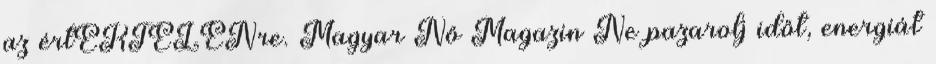
az értÉKTELENre. Magyar Nő Magazin Ne pazarolj időt, energiát